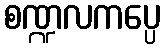
စဏ္ဍလကပ္ပေ